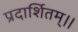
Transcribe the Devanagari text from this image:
प्रदार्शितम्।।